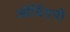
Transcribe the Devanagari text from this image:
ऑर्चिडची